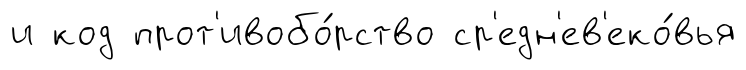
и код прот'ивобо́рство ср'едн'ев'еко́вья